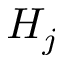
H _ { j }